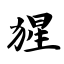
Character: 猩